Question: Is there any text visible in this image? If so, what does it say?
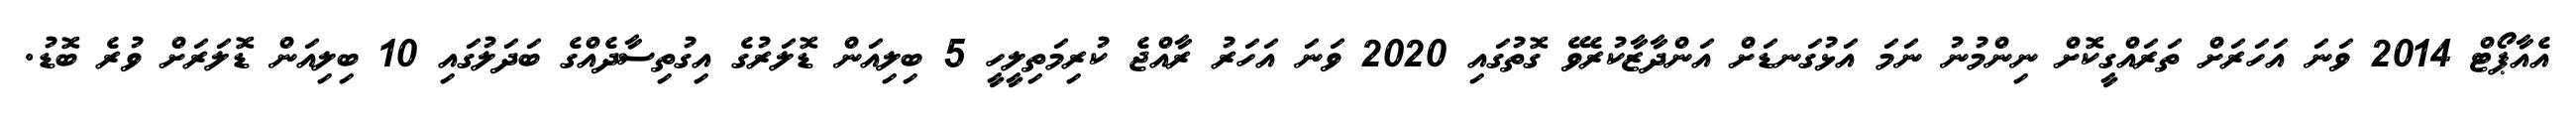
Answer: އެއާޕޯޓް 2014 ވަނަ އަހަރަށް ތަރައްގީކޮށް ނިންމުނު ނަމަ އަޅުގަނޑަށް އަންދާޒާކުރެވޭ ގޮތުގައި 2020 ވަނަ އަހަރު ރާއްޖެ ކުރިމަތިލީހީ 5 ބިލިއަން ޑޮލަރުގެ އިގުތިސާދެއްގެ ބަދަލުގައި 10 ބިލިއަން ޑޮލަރަށް ވުރެ ބޮޑު.